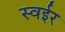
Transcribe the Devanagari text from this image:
स्वईर